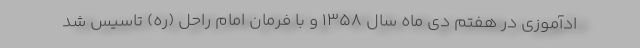
ادآموزی در هفتم دی ماه سال ۱۳۵۸ و با فرمان امام راحل (ره) تاسیس شد